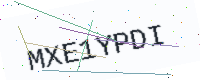
Text: MXE1YPDI